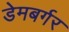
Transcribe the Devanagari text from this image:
डेमबर्गर